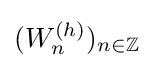
(W_{n}^{(h)})_{n\in \mathbb {Z} }